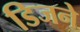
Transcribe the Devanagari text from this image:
डिजने